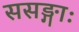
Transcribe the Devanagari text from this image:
ससङ्गाः